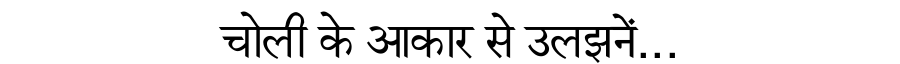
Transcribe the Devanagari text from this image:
चोली के आकार से उलझनें...